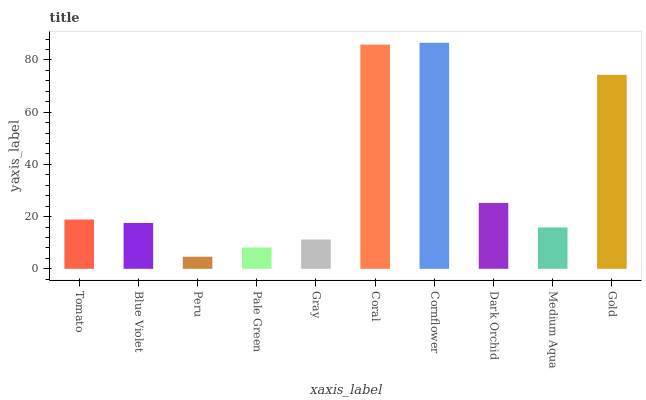
| xaxis_label | bars |
 | --- | --- |
 | Tomato | 18.9 |
 | Blue Violet | 17.6 |
 | Peru | 4.63 |
 | Pale Green | 8.15 |
 | Gray | 11.2 |
 | Coral | 85.9 |
 | Cornflower | 86.6 |
 | Dark Orchid | 25.2 |
 | Medium Aqua | 15.8 |
 | Gold | 74.3 |